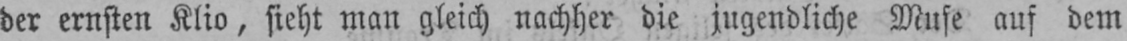
der ernsten Klio, sieht man gleich nachher die jugendliche Muse auf dem